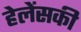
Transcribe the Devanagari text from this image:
हेलेंसकी